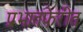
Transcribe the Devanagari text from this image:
प्रभातफेरीत